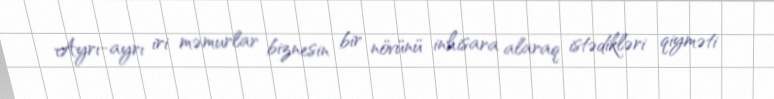
Ayrı-ayrı iri məmurlar biznesin bir növünü inhisara alaraq istədikləri qiyməti